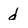
Character: d